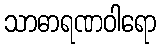
သာဓာရဏဝါရော